Civil Veterinary Dept. Bombay admin report 1907-1913 - 1907-1913
Year: 1907
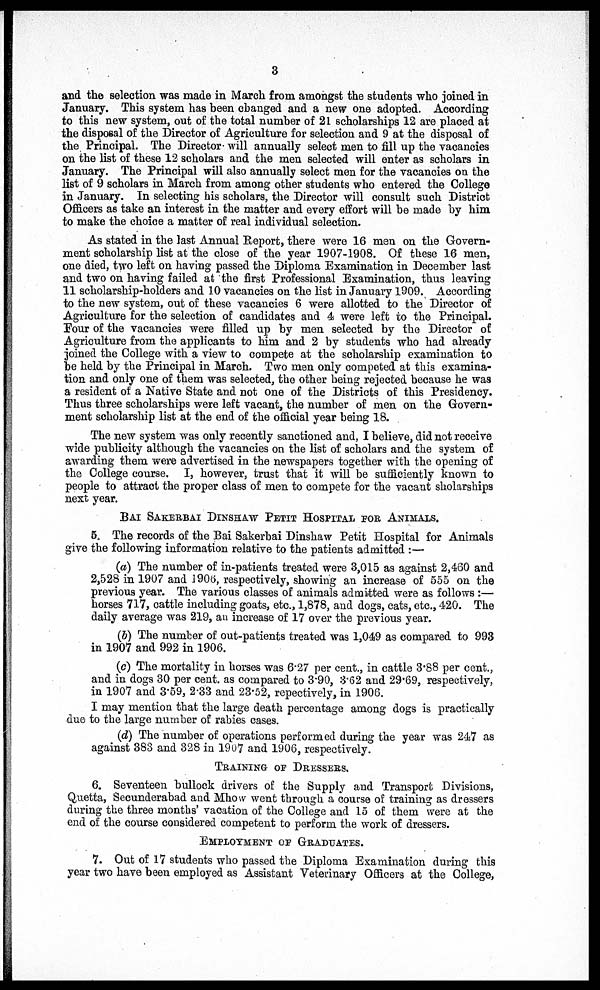
3
and the selection was made in March from amongst the students who joined in
January. This system has been changed and a new one adopted. According
to this new system, out of the total number of 21 scholarships 12 are placed at
the disposal of the Director of Agriculture for selection and 9 at the disposal of
the Principal. The Director will annually select men to fill up the vacancies
on the list of these 12 scholars and the men selected will enter as scholars in
January. The Principal will also annually select men for the vacancies on the
list of 9 scholars in March from among other students who entered the College
in January. In selecting his scholars, the Director will consult such District
Officers as take an interest in the matter and every effort will be made by him
to make the choice a matter of real individual selection.
As stated in the last Annual Report, there were 16 men on the Govern-
ment scholarship list at the close of the year 1907-1908. Of these 16 men,
one died, two left on having passed the Diploma Examination in December last
and two on having failed at the first Professional Examination, thus leaving
11 scholarship-holders and 10 vacancies on the list in January 1909. According
to the new system, out of these vacancies 6 were allotted to the Director of
Agriculture for the selection of candidates and 4 were left to the Principal.
Four of the vacancies were filled up by men selected by the Director of
Agriculture from the applicants to him and 2 by students who had already
joined the College with a view to compete at the scholarship examination to
be held by the Principal in March. Two men only competed at this examina-
tion and only one of them was selected, the other being rejected because he was
a resident of a Native State and not one of the Districts of this Presidency.
Thus three scholarships were left vacant, the number of men on the Govern-
ment scholarship list at the end of the official year being 18.
The new system was only recently sanctioned and, I believe, did not receive
wide publicity although the vacancies on the list of scholars and the system of
awarding them were advertised in the newspapers together with the opening of
the College course. I, however, trust that it will be sufficiently known to
people to attract the proper class of men to compete for the vacant sholarships
next year.
BAI SAKERBAI DINSHAW PETIT HOSPITAL FOR ANIMALS.
5. The records of the Bai Sakerbai Dinshaw Petit Hospital for Animals
give the following information relative to the patients admitted :—
(a) The number of in-patients treated were 3,015 as against 2,480 and
2,528 in 1907 and 1906, respectively, showing an increase of 555 on the
previous year. The various classes of animals admitted were as follows :—
horses 717, cattle including goats, etc., 1,878, and dogs, cats, etc., 420. The
daily average was 219, an increase of 17 over the previous year.
(6) The number of out-patients treated was 1,049 as compared to 993
in 1907 and 992 in 1906.
(c) The mortality in horses was 6.27 per cent., in cattle 3.88 per cent.,
and in dogs 30 per cent. as compared to 3.90, 3.62 and 29.69, respectively,
in 1907 and 3.59, 2.33 and 23.52, repectively, in 1906.
I may mention that the large death percentage among dogs is practically
due to the large number of rabies cases.
(d) The number of operations performed during the year was 247 as
against 383 and 328 in 1907 and 1906, respectively.
TRAINING OF DRESSERS..
6. Seventeen bullock drivers of the Supply and Transport Divisions,
Quetta, Secunderabad and Mhow went through a course of training as dressers
during the three months' vacation of the College and 15 of them were at the
end of the course considered competent to perform the work of dressers.
EMPLOYMENT OF GRADUATES.
7. Out of 17 students who passed the Diploma Examination during this
year two have been employed as Assistant Veterinary Officers at the College,